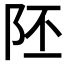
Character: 𨸹